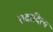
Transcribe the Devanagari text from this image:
तदादित्य